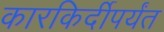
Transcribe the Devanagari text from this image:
कारकिर्दीपर्यंत